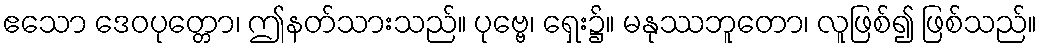
ဧသော ဒေဝပုတ္တော၊ ဤနတ်သားသည်။ ပုဗ္ဗေ၊ ရှေး၌။ မနုဿဘူတော၊ လူဖြစ်၍ ဖြစ်သည်။